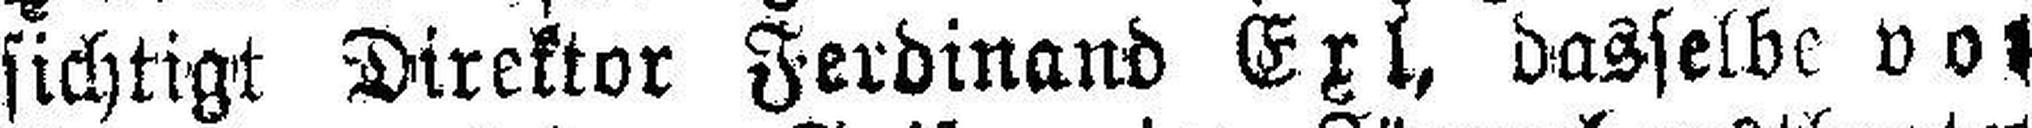
sichtigt Direktor Ferdinand Exl, dasselbe vor